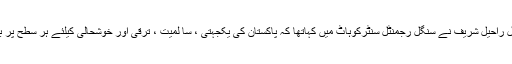
ابھی 20اپریل کو اپنی تقریر میں جنرل راحیل شریف نے سنگل رجمنٹل سنٹرکوہاٹ میں کہاتھا کہ پاکستان کی یکجہتی ، سا لمیت ، ترقی اور خوشحالی کیلئے ہر سطح پر بلاتفریق احتساب انتہائی ضروری ہے۔